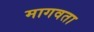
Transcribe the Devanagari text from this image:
मागवता